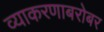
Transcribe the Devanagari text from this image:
व्याकरणाबरोबर